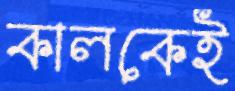
কালকেই